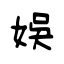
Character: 娛